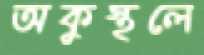
অকুস্থলে